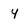
Character: 4